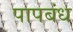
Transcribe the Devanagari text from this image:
पापबंध